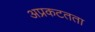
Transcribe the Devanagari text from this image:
अप्रकटतता